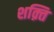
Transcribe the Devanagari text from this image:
शक़्ति